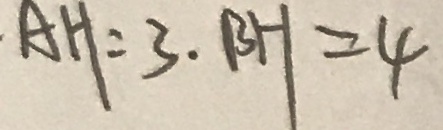
A H = 3 . B H = 4